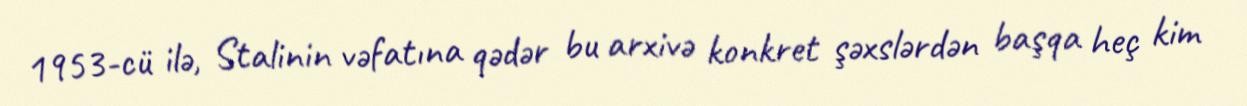
1953-cü ilə, Stalinin vəfatına qədər bu arxivə konkret şəxslərdən başqa heç kim